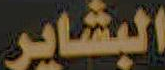
البشاير